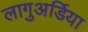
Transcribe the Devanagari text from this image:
लागुअर्डिया